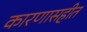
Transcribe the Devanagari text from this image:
कारणासहीत